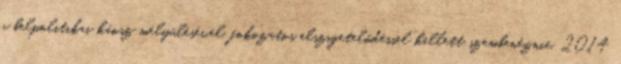
a belpolitikai káosz mélyülésével, fokozatos elszigetelődéssel kellett szembenéznie. 2014